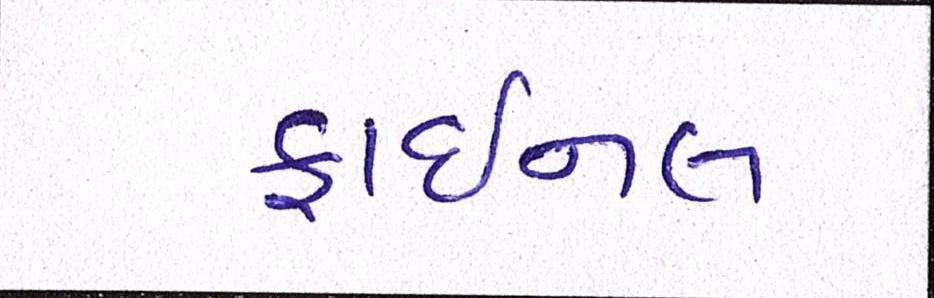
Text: ફાઈનલ